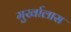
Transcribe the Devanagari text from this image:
मुर्खालास